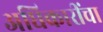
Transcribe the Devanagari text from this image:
अधिकारींचा